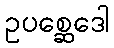
ဥပစ္ဆေဒေါ